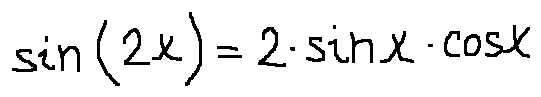
\sin ( 2 x ) = 2 \cdot \sin x \cdot \cos x